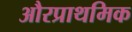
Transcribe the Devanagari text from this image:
औरप्राथमिक